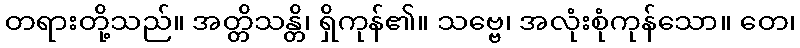
တရားတို့သည်။ အတ္တိသန္တိ၊ ရှိကုန်၏။ သဗ္ဗေ၊ အလုံးစုံကုန်သော။ တေ၊